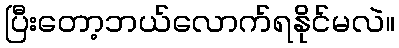
ပြီးတော့ဘယ်လောက်ရနိုင်မလဲ။